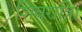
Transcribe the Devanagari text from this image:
शिवरात्रि।